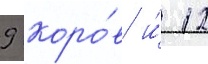
9 коро́в и́ 12